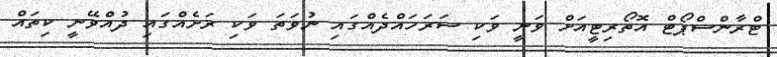
ޓްރާންސްޕޯޓް އޮތޯރިޓީއަށް ވަނީ ވަކި ސަރަހައްދެއްގައި ނުވަތަ ވަކި ރަށެއްގައި ދުއްވޭނީ ކިތައް